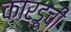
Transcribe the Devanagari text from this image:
कार्डूची